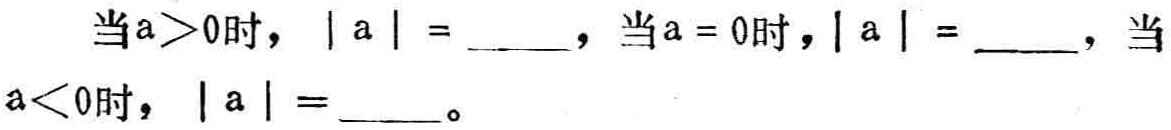
当\(a>0\)时，\(\vert a\vert = \_\_\_\)，当\(a = 0\)时，\(\vert a\vert = \_\_\_\)，当\(a<0\)时，\(\vert a\vert = \_\_\_\)。